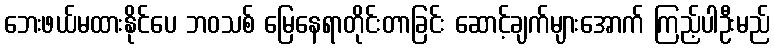
ဘေးဖယ်မထားနိုင်ပေ ဘဝသစ် မြေနေရာတိုင်းတာခြင်း ဆောင့်ချက်များအောက် ကြည့်ပါဦးမည်